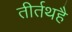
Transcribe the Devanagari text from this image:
तीर्तथहै